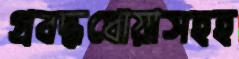
প্রবদ্ধধোয়াসহহ